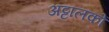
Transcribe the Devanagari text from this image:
अट्टालकों